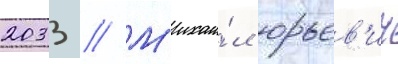
2033 // М'ихаи́л юрьев'ич